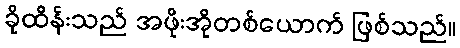
ခိုထိန်းသည် အဖိုးအိုတစ်ယောက် ဖြစ်သည်။